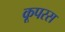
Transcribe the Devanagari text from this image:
कूपरस